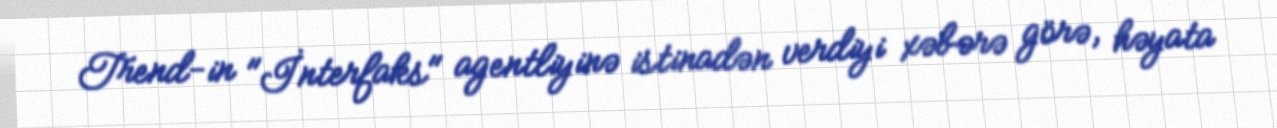
Trend-in "İnterfaks" agentliyinə istinadən verdiyi xəbərə görə, həyata